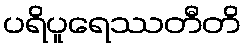
ပရိပူရေဿတီတိ